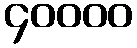
၄၀၀၀၀